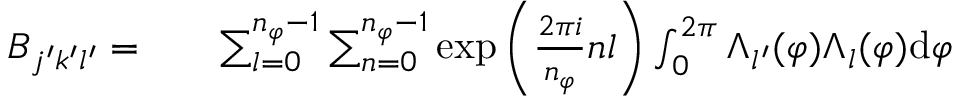
\begin{array} { r l r } { B _ { j ^ { \prime } k ^ { \prime } l ^ { \prime } } = } & { { } } & { \sum _ { l = 0 } ^ { n _ { \varphi } - 1 } \sum _ { n = 0 } ^ { n _ { \varphi } - 1 } \exp { \left( \frac { 2 \pi i } { n _ { \varphi } } n l \right) } \int _ { 0 } ^ { 2 \pi } \Lambda _ { l ^ { \prime } } ( \varphi ) \Lambda _ { l } ( \varphi ) \mathrm { d } \varphi } \end{array}